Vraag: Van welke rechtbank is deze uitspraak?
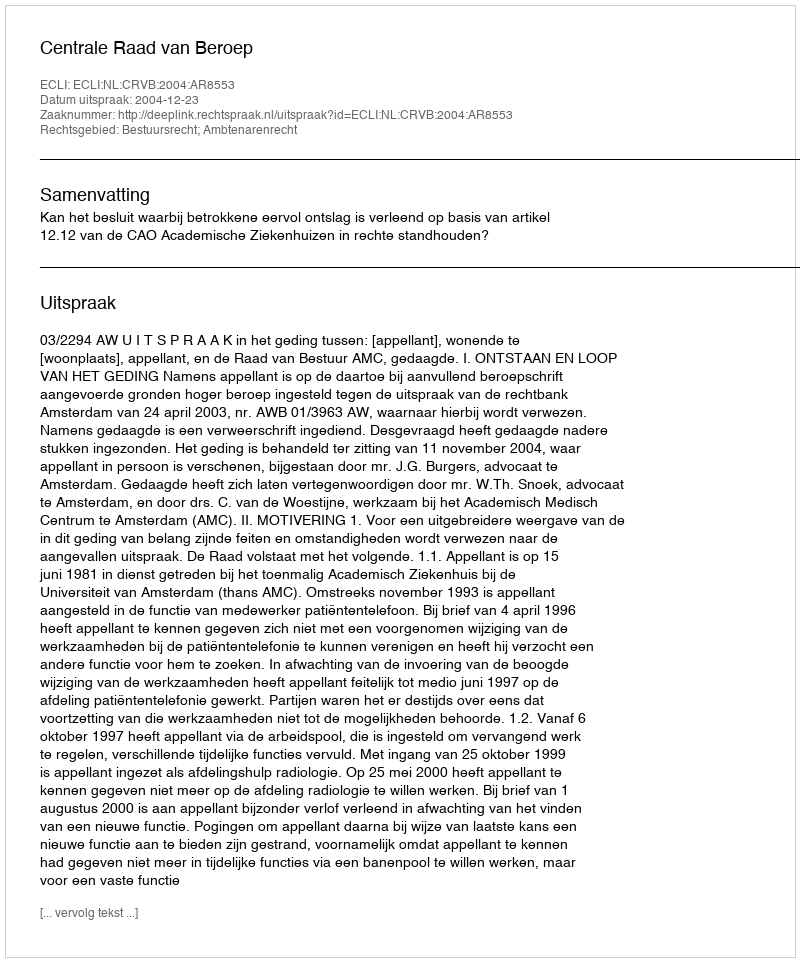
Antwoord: Centrale Raad van Beroep